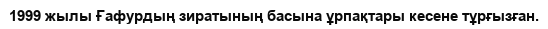
1999 жылы Ғафурдың зиратының басына ұрпақтары кесене тұрғызған.